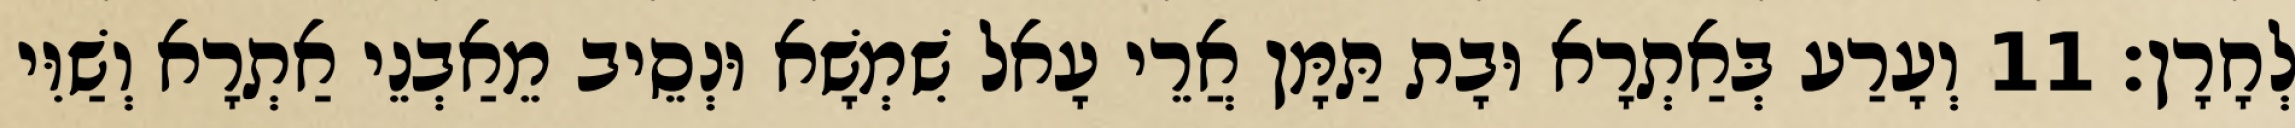
לְחָרָן׃ 11 וְעָרַע בְּאַתְרָא וּבָת תַּמָּן אֲרֵי עָאל שִׁמְשָׁא וּנְסֵיב מֵאַבְנֵי אַתְרָא וְשַׁוִּי